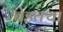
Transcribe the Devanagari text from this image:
बेडक्या